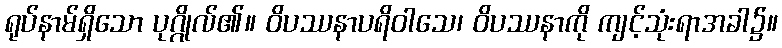
ရုပ်နာမ်ရှိသော ပုဂ္ဂိုလ်၏။ ဝိပဿနာပရိဝါသေ၊ ဝိပဿနာကို ကျင့်သုံးရာအခါ၌။